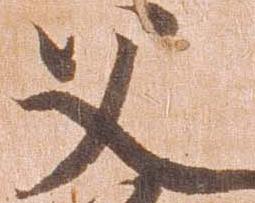
父